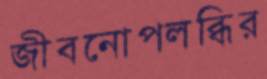
জীবনোপলব্ধির